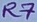
Text: R7